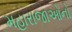
મહારાજાઓનો